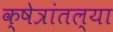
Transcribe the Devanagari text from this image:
क्षेत्रांतल्या